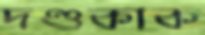
দণ্ডকাক